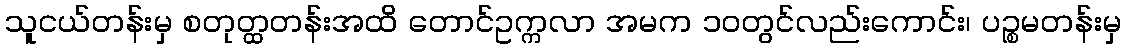
သူငယ်တန်းမှ စတုတ္ထတန်းအထိ တောင်ဥက္ကလာ အမက ၁၀တွင်လည်းကောင်း၊ ပဉ္စမတန်းမှ